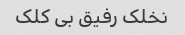
نخلک رفیق بی کلک